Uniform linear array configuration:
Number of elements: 24
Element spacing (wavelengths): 0.25
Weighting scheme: kaiser
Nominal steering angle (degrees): -30
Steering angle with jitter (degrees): -30.948
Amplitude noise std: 0.05
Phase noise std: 0.05

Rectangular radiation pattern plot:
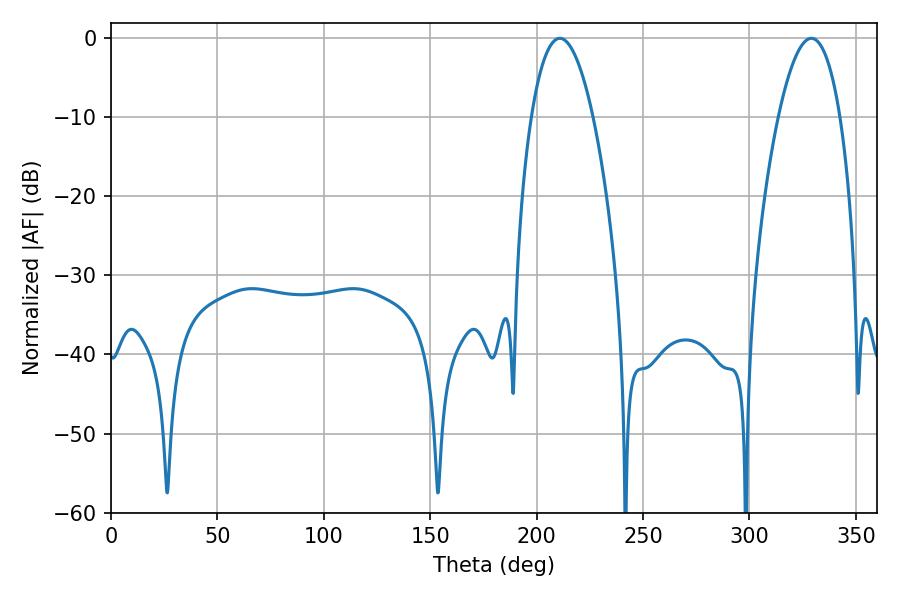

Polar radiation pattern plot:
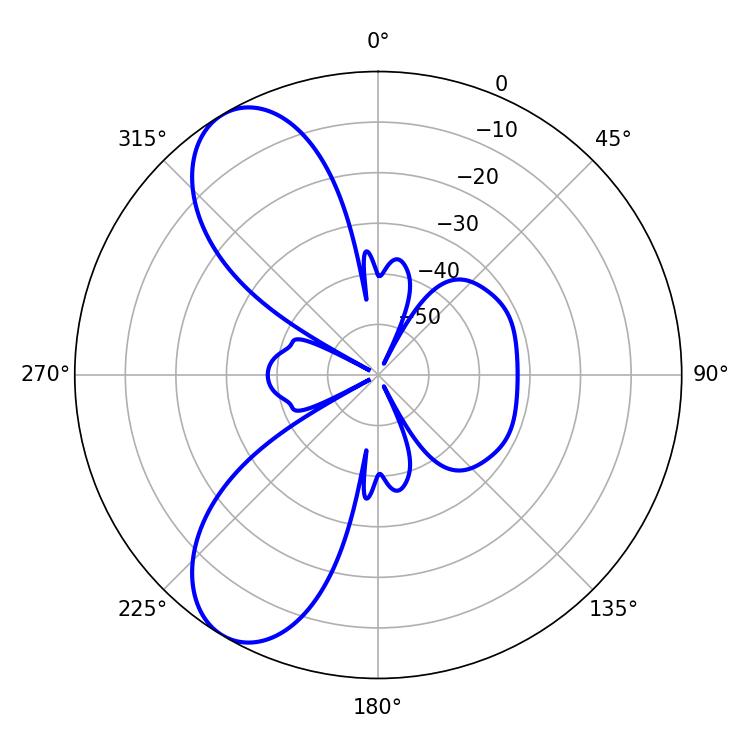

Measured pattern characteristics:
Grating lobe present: FALSE
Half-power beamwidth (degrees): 16.02
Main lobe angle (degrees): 210.96